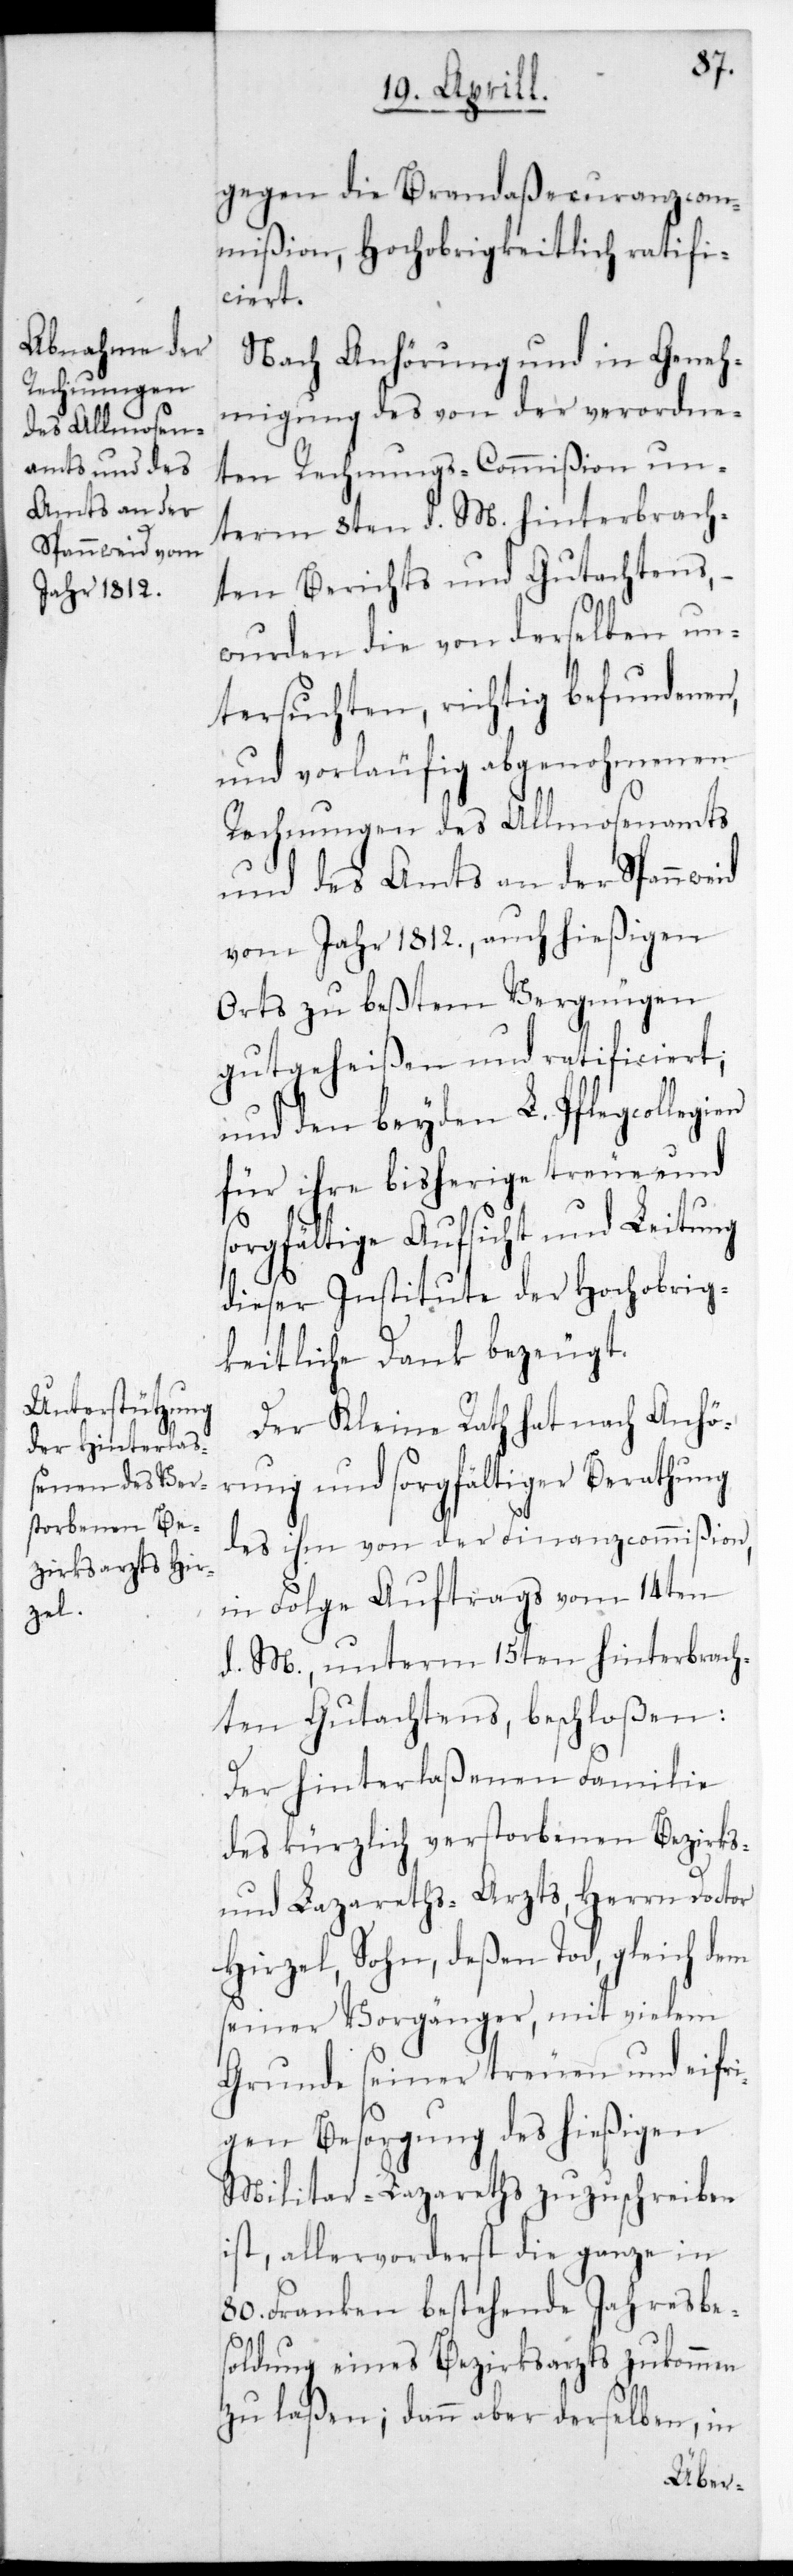
gegen die Brandaßecuranzcom¬
mißion, Hochobrigkeitlich ratifi¬
ciert.
Nach Anhörung und in Geneh¬
migung des von der verordne¬
ten Rechnungs-Commißion un¬
term 8ten d. M. hinterbrach¬
ten Berichts und Gutachtens,
wurden die von derselben un¬
tersuchten, richtig befundenen,
und vorläufig abgenohmenen
Rechnungen des Allmosenamts
und des Amts an der Spannweid
vom Jahr 1812., auch hießigen
Orts zu beßtem Vergnügen
gutgeheißen und ratificiert,
und den beyden L. Pflegcollegien
für ihre bisherige treue und
sorgfältige Aufsicht und Leitung
dieser Institute der Hochobrig¬
keitliche Dank bezeugt.
Der Kleine Rath hat nach Anhö¬
rung und sorgfältiger Berathung
des ihm von der Finanzcommißion
in Folge Auftrags vom 14ten
d. M., unterm 15ten hinterbrach¬
ten Gutachtens, beschloßen:
Der hinterlaßenen Familie
des kürzlich verstorbenen Bezirks-
und Lazareth-Arzts, Herrn Doctor
Hirzel, Sohn, deßen Tod, gleich dem
seiner Vorgänger, mit vielem
Grunde seiner treuen und eifri¬
gen Besorgung des hießigen
Militar-Lazareths zuzuschreiben
ist, allervorderst die ganze in
80. Franken bestehende Jahresbes¬
oldung eines Bezirksarzts zukommen
zu laßen; dann aber derselben, in